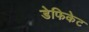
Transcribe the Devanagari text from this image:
डेफिकेट